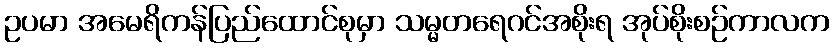
ဥပမာ အမေရိကန်ပြည်ထောင်စုမှာ သမ္မတရေဂင်အစိုးရ အုပ်စိုးစဉ်ကာလက